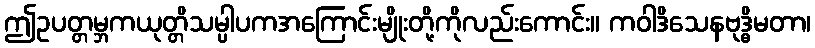
ဤဥပတ္တမ္ဘကယုတ္တိသမ္ပါပကအကြောင်းမျိုးတို့ကိုလည်းကောင်း။ ကဝါဒိသေနဗုဒ္ဓိမတာ၊